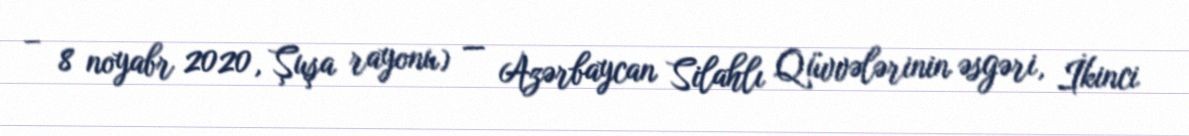
– 8 noyabr 2020, Şuşa rayonu) — Azərbaycan Silahlı Qüvvələrinin əsgəri, İkinci